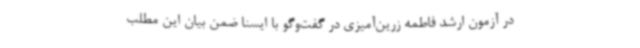
در آزمون ارشد فاطمه زرین‌آمیزی در گفت‌وگو با ایسنا ضمن بیان این مطلب